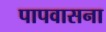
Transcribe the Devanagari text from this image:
पापवासना